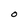
Character: O